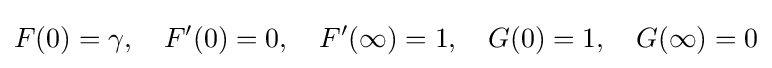
F(0)=\gamma ,\quad F'(0)=0,\quad F'(\infty )=1,\quad G(0)=1,\quad G(\infty )=0